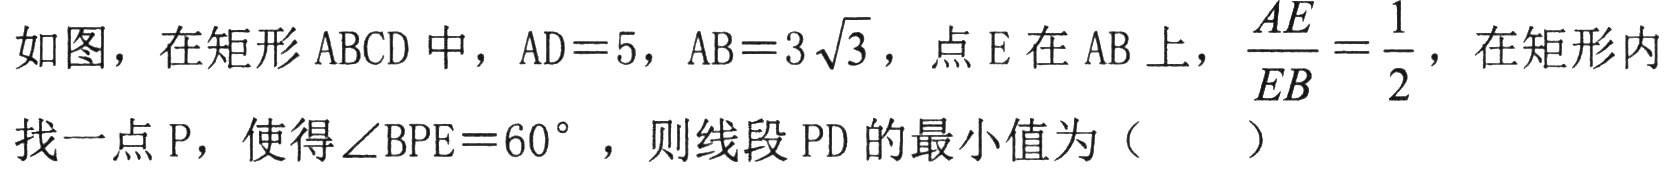
如图，在矩形\(ABCD\)中，\(AD = 5\)，\(AB = 3\sqrt{3}\)，点\(E\)在\(AB\)上，\(\frac{AE}{EB}=\frac{1}{2}\)，在矩形内找一点\(P\)，使得\(\angle BPE = 60^{\circ}\)，则线段\(PD\)的最小值为（  ）